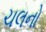
ચલનો